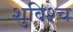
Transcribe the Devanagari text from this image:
शुविश्च